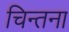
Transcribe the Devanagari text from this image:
चिन्तना